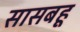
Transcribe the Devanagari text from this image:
सासबहू